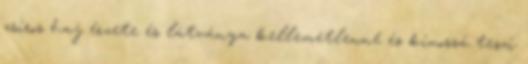
zsíros haj érzete és látványa kellemetlenné és kínossá teszi